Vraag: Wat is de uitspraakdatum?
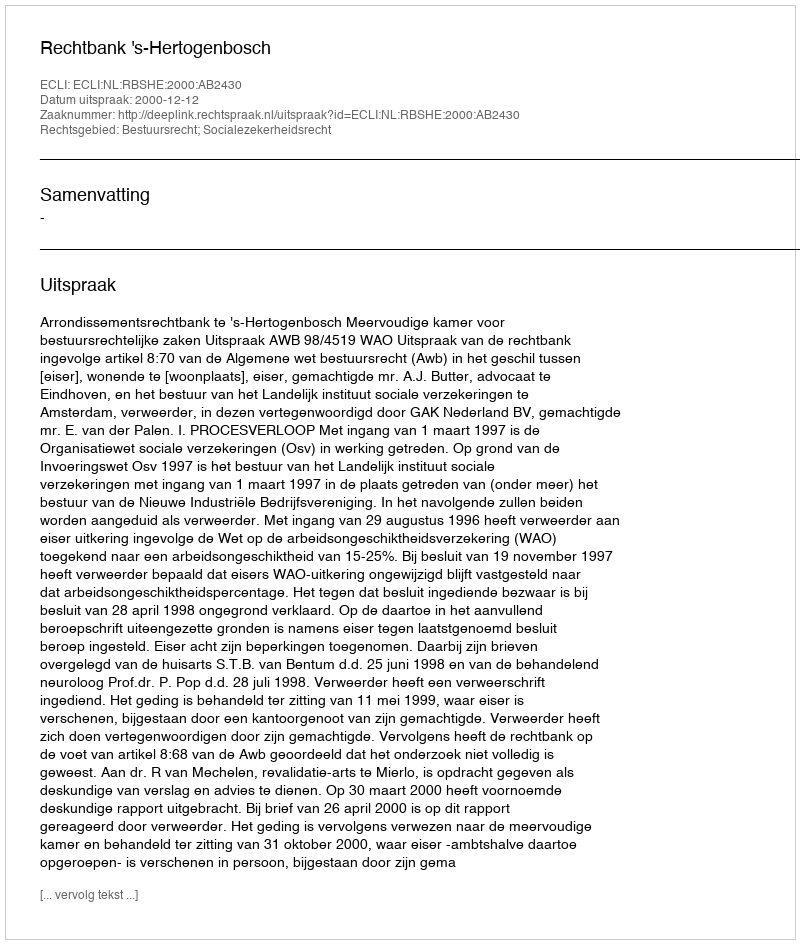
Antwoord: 2000-12-12